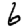
Digit: 6